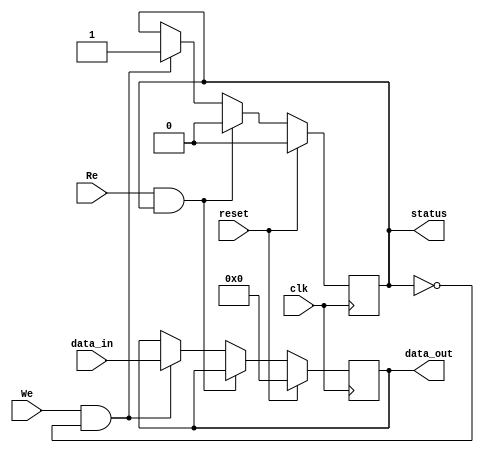
module buffer_nic (
   clk, reset, Re, We, data_in, data_out, status
);
   parameter DATA_SIZE = 64;
   input clk, reset; // syn high reset
   input Re, We;
   input [DATA_SIZE - 1:0] data_in;
   output reg [DATA_SIZE - 1:0] data_out;
   output reg status; // indicate if buffer is full or empty;


   wire Re_do, We_do;
   assign Re_do = (Re & status);
   assign We_do = (We & !status); // check status and enable signal to determine if read or write operation can be processed

   always @(posedge clk) begin // read or write operation in sequatial logic
      if (reset) begin
         status <= 0;
         data_out <= 0;
      end
      else begin
         if (Re_do) status <= 0;
         else if (We_do) begin
            data_out <= data_in;
            status <= 1;
         end
      end
   end
endmodule